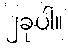
၂ခုပါ။